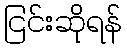
ငြင်းဆိုရန်